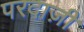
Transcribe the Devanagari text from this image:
परदाज़ी